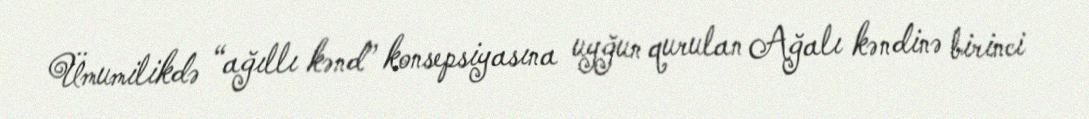
Ümumilikdə “ağıllı kənd” konsepsiyasına uyğun qurulan Ağalı kəndinə birinci